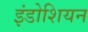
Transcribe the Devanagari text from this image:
इंडोशियन